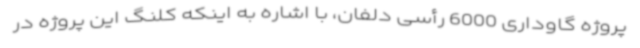
پروژه گاوداری 6000 رأسی دلفان، با اشاره به اینکه کلنگ این پروژه در